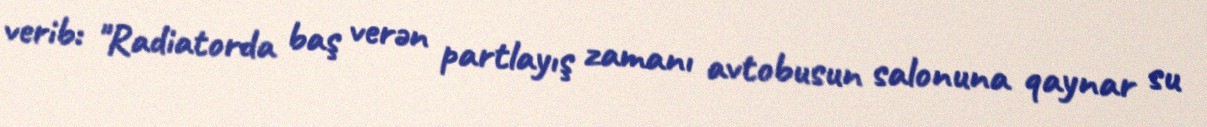
verib: "Radiatorda baş verən partlayış zamanı avtobusun salonuna qaynar su